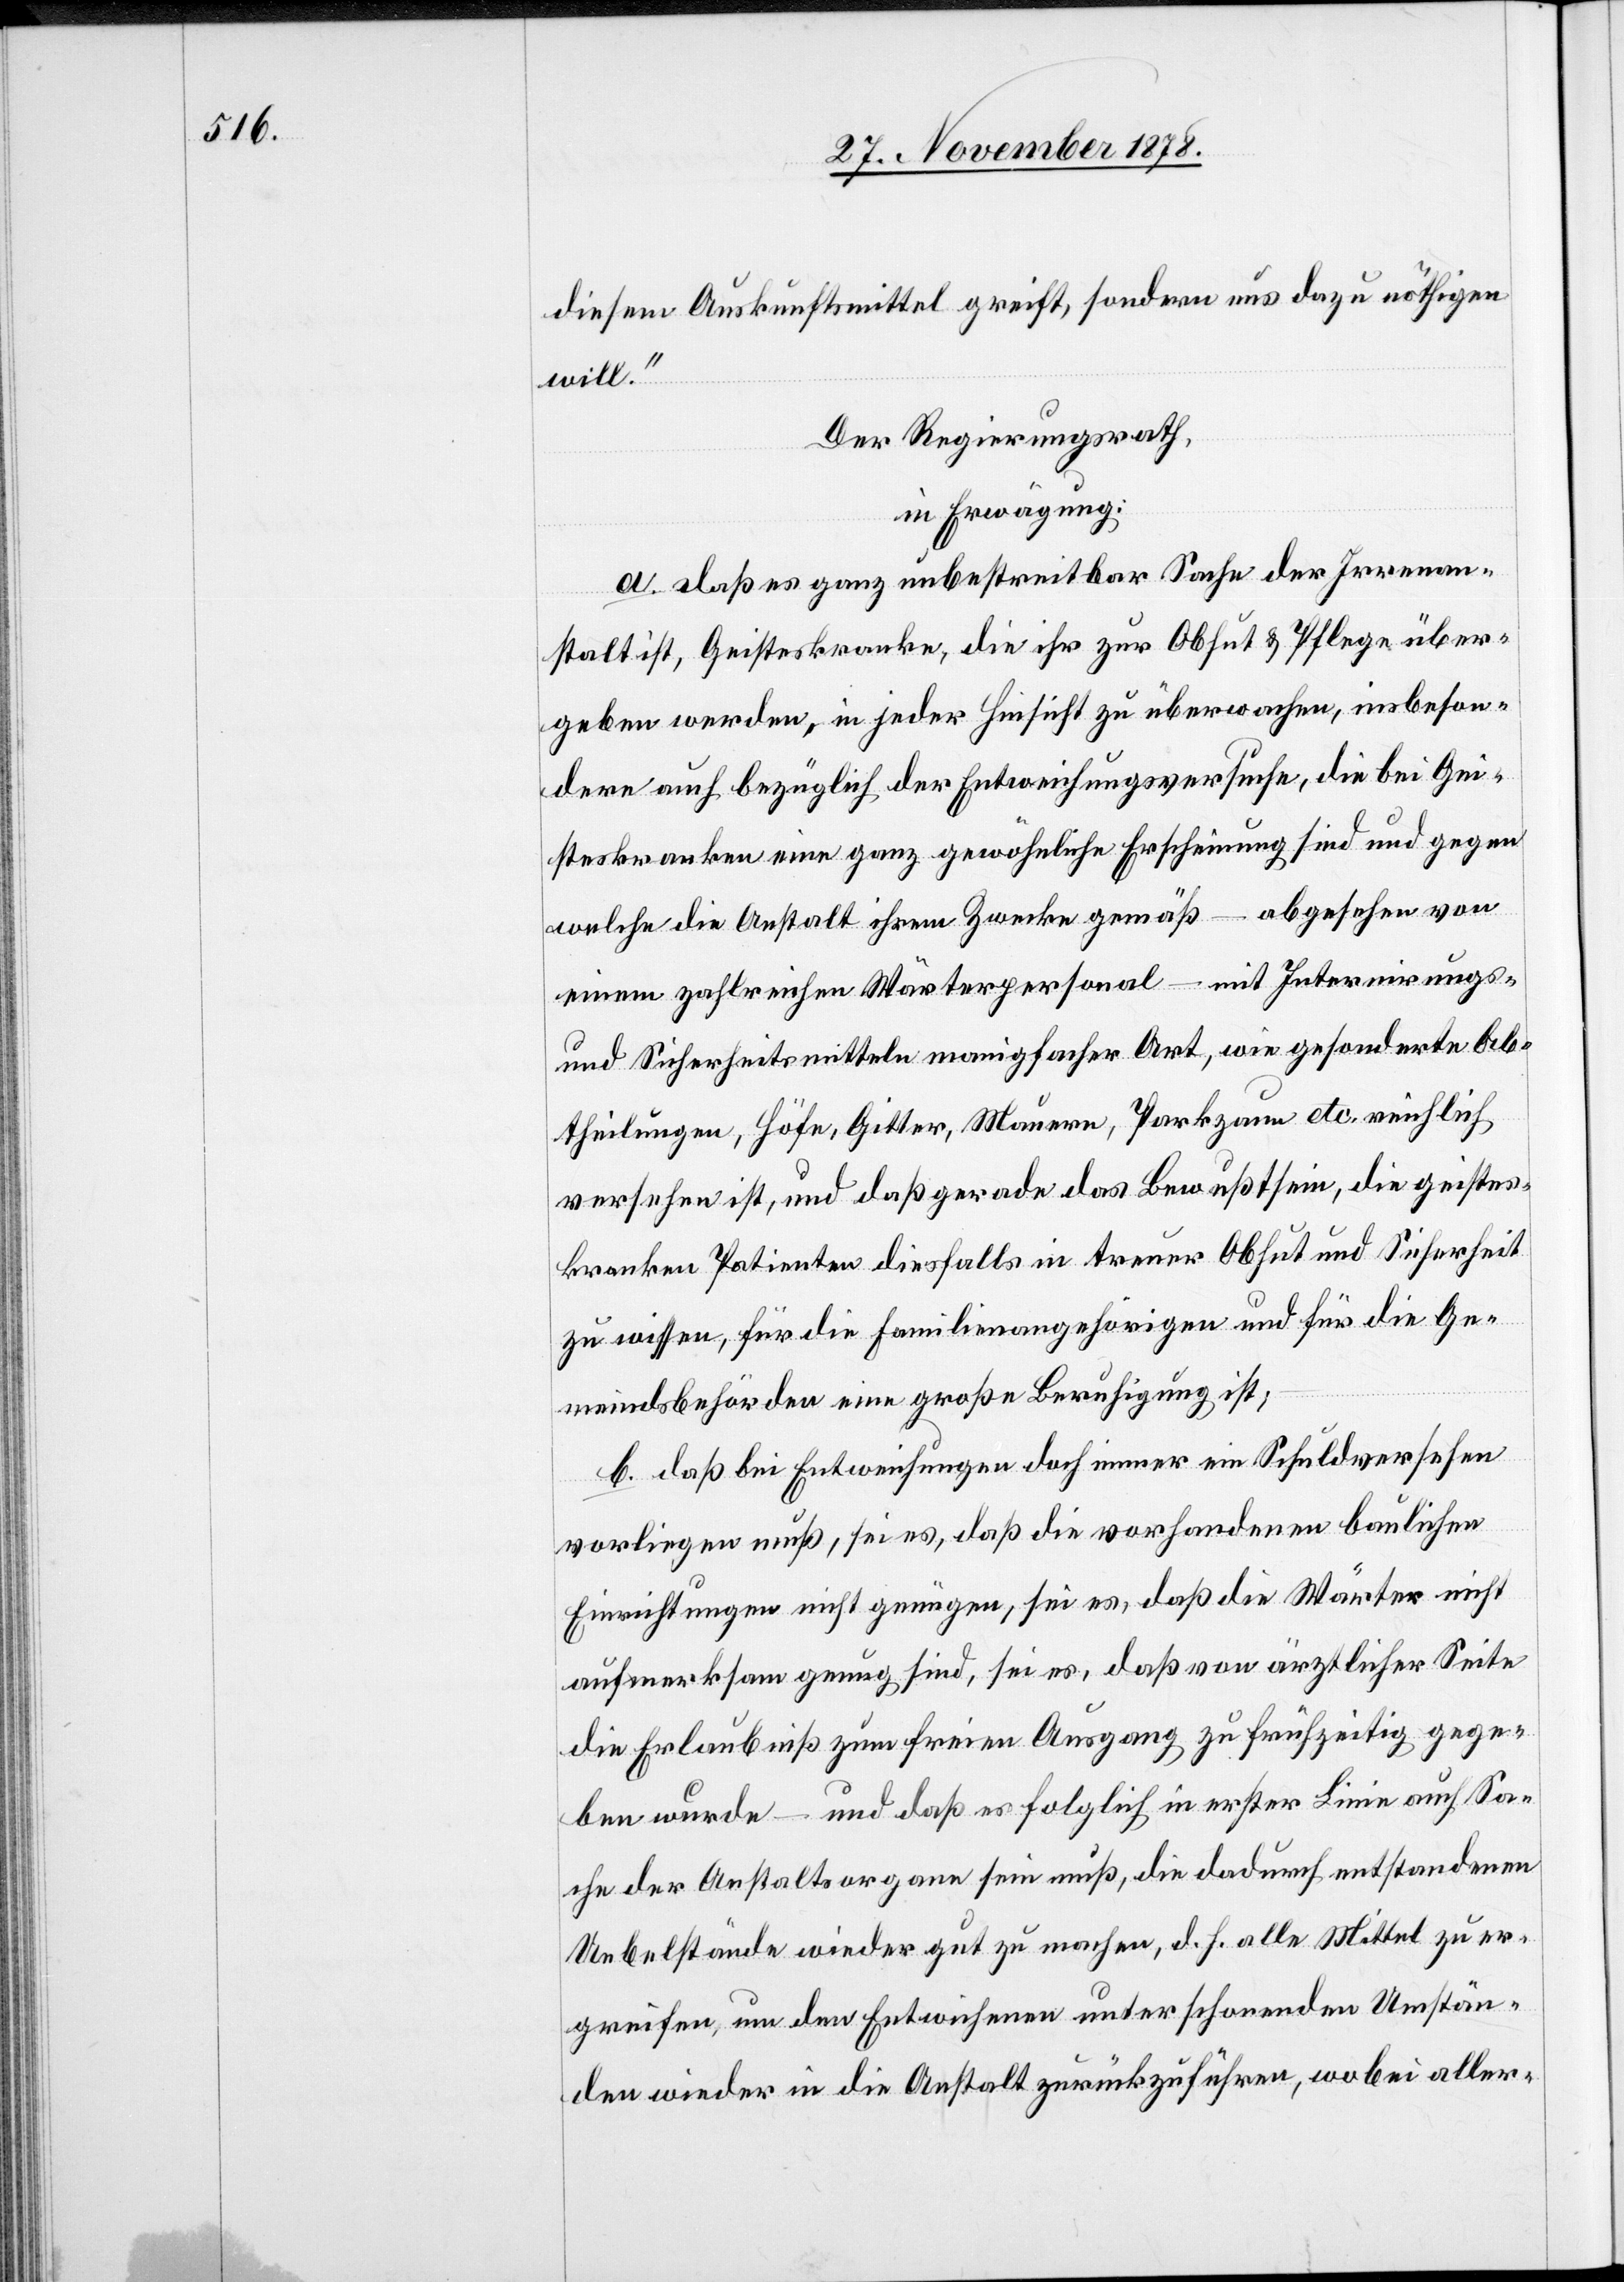
diesem Auskunftsmittel greift, sondern uns dazu nöthigen
will.“
Der Regierungsrath,
in Erwägung:
a. daß es ganz unbestreitbar Sache der Irrenan¬
stalt ist, Geisteskranke, die ihr zur Obhut & Pflege über¬
geben werden, in jeder Hinsicht zu überwachen, insbeson¬
dere auch bezüglich der Entweichungsversuche, die bei Gei¬
steskranken eine ganz gewöhnliche Erscheinung sind und gegen
welche die Anstalt ihrem Zwecke gemäß – abgesehen von
einem zahlreichen Wärterpersonal – mit Internirungs-
und Sicherheitsmitteln mannigfacher Art, wie gesonderte Ab¬
theilungen, Höfe, Gitter, Mauern, Parkzaun etc. reichlich
versehen ist, und daß gerade das Bewußtsein, die geistes¬
kranken Patienten diesfalls in treuer Obhut und Sicherheit
zu wissen, für die Familienangehörigen und für die Ge¬
meindsbehörden eine große Beruhigung ist;
b. daß bei Entweichungen doch immer ein Schuldversehen
vorliegen muß, sei es, daß die vorhandenen baulichen
Einrichtungen nicht genügen, sei es, daß die Wärter nicht
aufmerksam genug sind, sei es, daß von ärztlicher Seite
die Erlaubniß zum freien Ausgang zu frühzeitig gege¬
ben wurde – und daß es folglich in erster Linie auch Sa¬
che der Anstaltsorgane sein muß, die dadurch entstandenen
Uebelstände wieder gut zu machen, d. h. alle Mittel zu er¬
greifen, um den Entwichenen unter schonenden Umstän¬
den wieder in die Anstalt zurückzuführen, wobei aller-